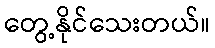
တွေ့နိုင်သေးတယ်။